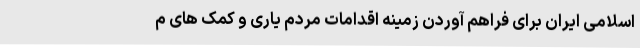
اسلامی ایران برای فراهم آوردن زمینه اقدامات مردم یاری و کمک های م